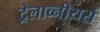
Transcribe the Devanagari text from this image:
ट्रेलाव्नीयर्स